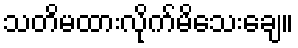
သတိမထားလိုက်မိသေးချေ။